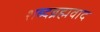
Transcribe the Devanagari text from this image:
शब्दब्रह्मवाद